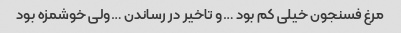
مرغ فسنجون خیلی کم بود …و تاخیر در رساندن …ولی خوشمزه بود